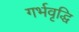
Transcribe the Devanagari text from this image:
गर्भवृद्धि